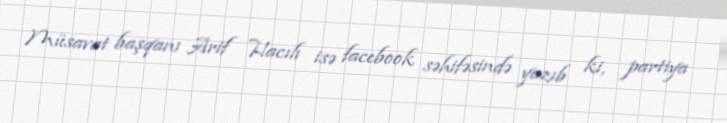
Müsavat başqanı Arif Hacılı isə facebook səhifəsində yazıb ki, partiya